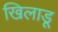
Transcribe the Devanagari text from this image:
खिलाडू